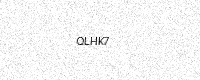
Text: QLHK7